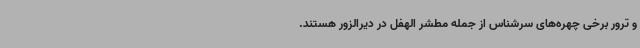
و ترور برخی چهره‌های سرشناس از جمله مطشر الهفل در دیرالزور هستند.